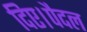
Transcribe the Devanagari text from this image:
दिए।पैदल